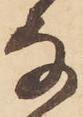
な